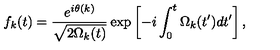
f _ { k } ( t ) = \frac { e ^ { i \theta ( k ) } } { \sqrt { 2 \Omega _ { k } ( t ) } } \exp \left[ - i \int _ { 0 } ^ { t } \Omega _ { k } ( t ^ { \prime } ) d t ^ { \prime } \right] ,